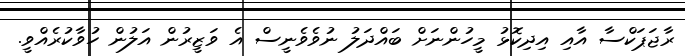
ރާޖަޕަކްސާ އާއި އިދިކޮޅު މީހުންނަށް ބައްދަލު ނުވެވެނީސް އެ ވަޒީރުން އަލުން ހުވާކުރެއްވީ.